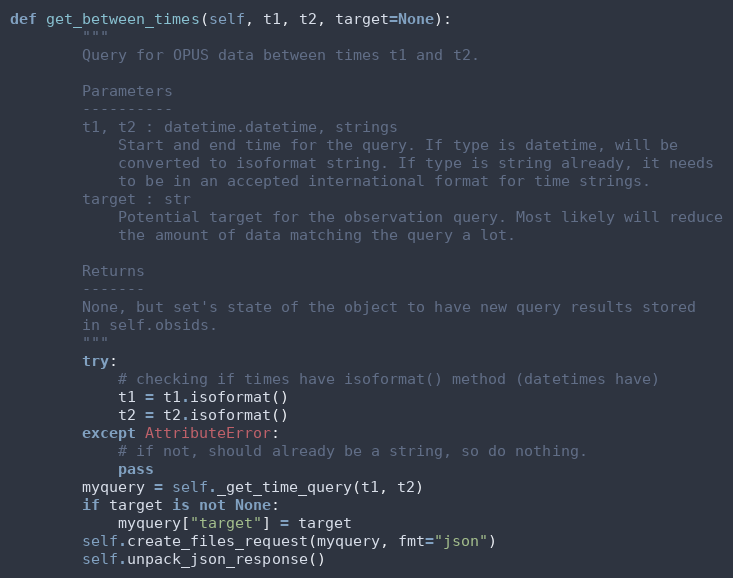
Language: Python
def get_between_times(self, t1, t2, target=None):
        """
        Query for OPUS data between times t1 and t2.

        Parameters
        ----------
        t1, t2 : datetime.datetime, strings
            Start and end time for the query. If type is datetime, will be
            converted to isoformat string. If type is string already, it needs
            to be in an accepted international format for time strings.
        target : str
            Potential target for the observation query. Most likely will reduce
            the amount of data matching the query a lot.

        Returns
        -------
        None, but set's state of the object to have new query results stored
        in self.obsids.
        """
        try:
            # checking if times have isoformat() method (datetimes have)
            t1 = t1.isoformat()
            t2 = t2.isoformat()
        except AttributeError:
            # if not, should already be a string, so do nothing.
            pass
        myquery = self._get_time_query(t1, t2)
        if target is not None:
            myquery["target"] = target
        self.create_files_request(myquery, fmt="json")
        self.unpack_json_response()